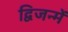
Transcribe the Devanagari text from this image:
द्विजन्में